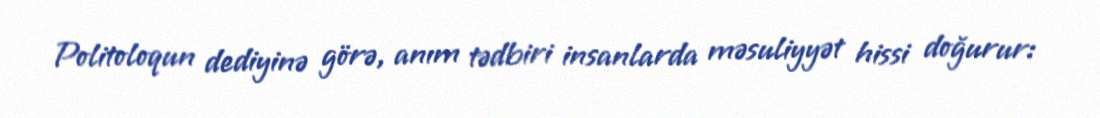
Politoloqun dediyinə görə, anım tədbiri insanlarda məsuliyyət hissi doğurur: